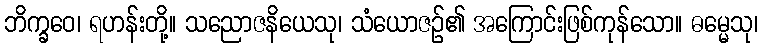
ဘိက္ခဝေ၊ ရဟန်းတို့။ သညောဇနိယေသု၊ သံယောဇဉ်၏ အကြောင်းဖြစ်ကုန်သော။ ဓမ္မေသု၊